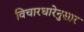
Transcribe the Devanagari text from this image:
विचारधारेनुसार